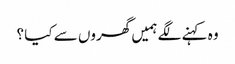
وہ کہنے لگے ہمیں گھروں سے کیا ؟